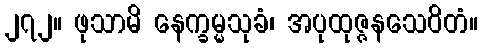
၂၇၂။ ဖုသာမိ နေက္ခမ္မသုခံ၊ အပုထုဇ္ဇနသေဝိတံ။